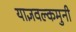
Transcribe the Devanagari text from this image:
याज्ञवल्कमुनी